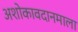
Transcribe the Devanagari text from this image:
अशोकावदानमाला